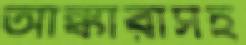
আঙ্কারাসহ